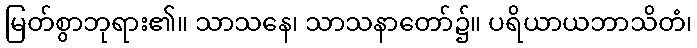
မြတ်စွာဘုရား၏။ သာသနေ၊ သာသနာတော်၌။ ပရိယာယဘာသိတံ၊